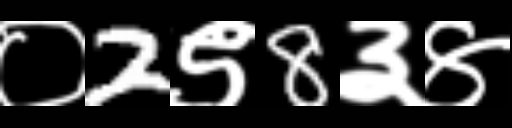
Text: ०2९8३४